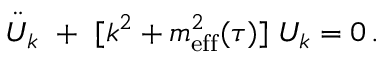
\ddot { U } _ { k } ~ + ~ [ k ^ { 2 } + m _ { \mathrm { e f f } } ^ { 2 } ( \tau ) ] \; U _ { k } = 0 \, .